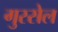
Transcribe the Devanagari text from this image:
गुस्सेल